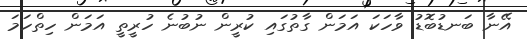
އޭނާ ބަނޑުބޮޑު ވާހަކަ އަމަން ގާތުގައި ކުރީން ނުބުނެ ހުރީތީ އަމަން ހިތްހަމަ